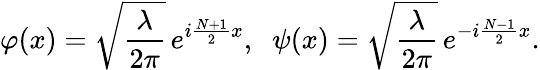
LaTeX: \varphi(x)=\sqrt{\frac{\lambda}{2\pi}}\, e^{i\frac{N+1}{2}x},\; \; \psi(x)=\sqrt{\frac{\lambda}{2\pi}}\, e^{-i\frac{N-1}{2}x}.